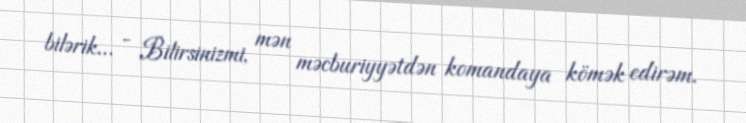
bilərik... - Bilirsinizmi, mən məcburiyyətdən komandaya kömək edirəm.